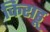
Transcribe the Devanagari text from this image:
किराडू